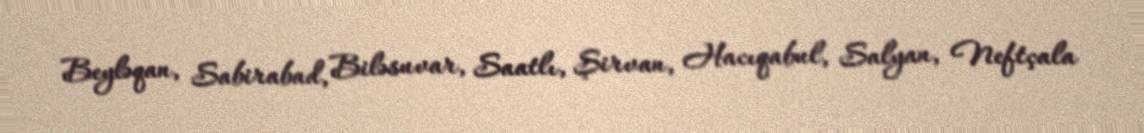
Beyləqan, Sabirabad, Biləsuvar, Saatlı, Şirvan, Hacıqabul, Salyan, Neftçala